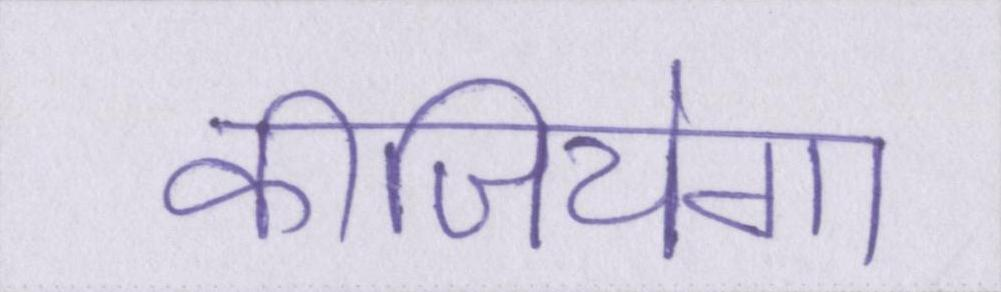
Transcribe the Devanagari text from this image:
कीजियेगा